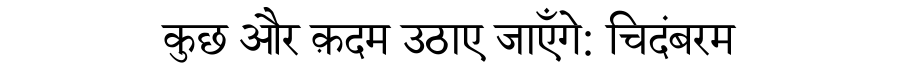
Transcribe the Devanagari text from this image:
कुछ और क़दम उठाए जाएँगे: चिदंबरम